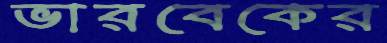
ভারবেকের